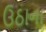
ઉઠાના